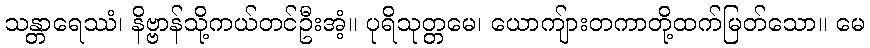
သန္တာရေဿံ၊ နိဗ္ဗာန်သို့ကယ်တင်ဦးအံ့။ ပုရိသုတ္တမေ၊ ယောကျ်ားတကာတို့ထက်မြတ်သော။ မေ